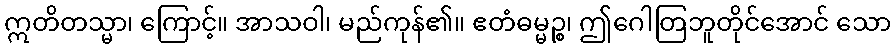
ဣတိတသ္မာ၊ ကြောင့်။ အာသဝါ၊ မည်ကုန်၏။ ဧတံဓမ္မဉ္စ၊ ဤဂေါတြဘူတိုင်အောင် သော